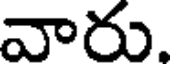
వారు.